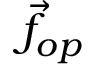
{ \vec { f } } _ { o p }